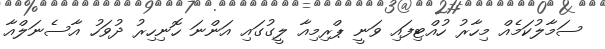
ސަމާލުކަމެއް މިހާރު ހުއްޓިފައި ވަނީ ޕްރިމިއާ ލީގުގައި އަންނަ ހޮނިހިރު ދުވަހު އާސެނަލްއާ